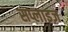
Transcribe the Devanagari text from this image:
सप्लाइज़